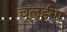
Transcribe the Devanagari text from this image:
चूलईया